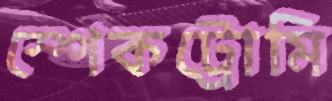
স্পেকট্রোমি